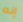
إنه